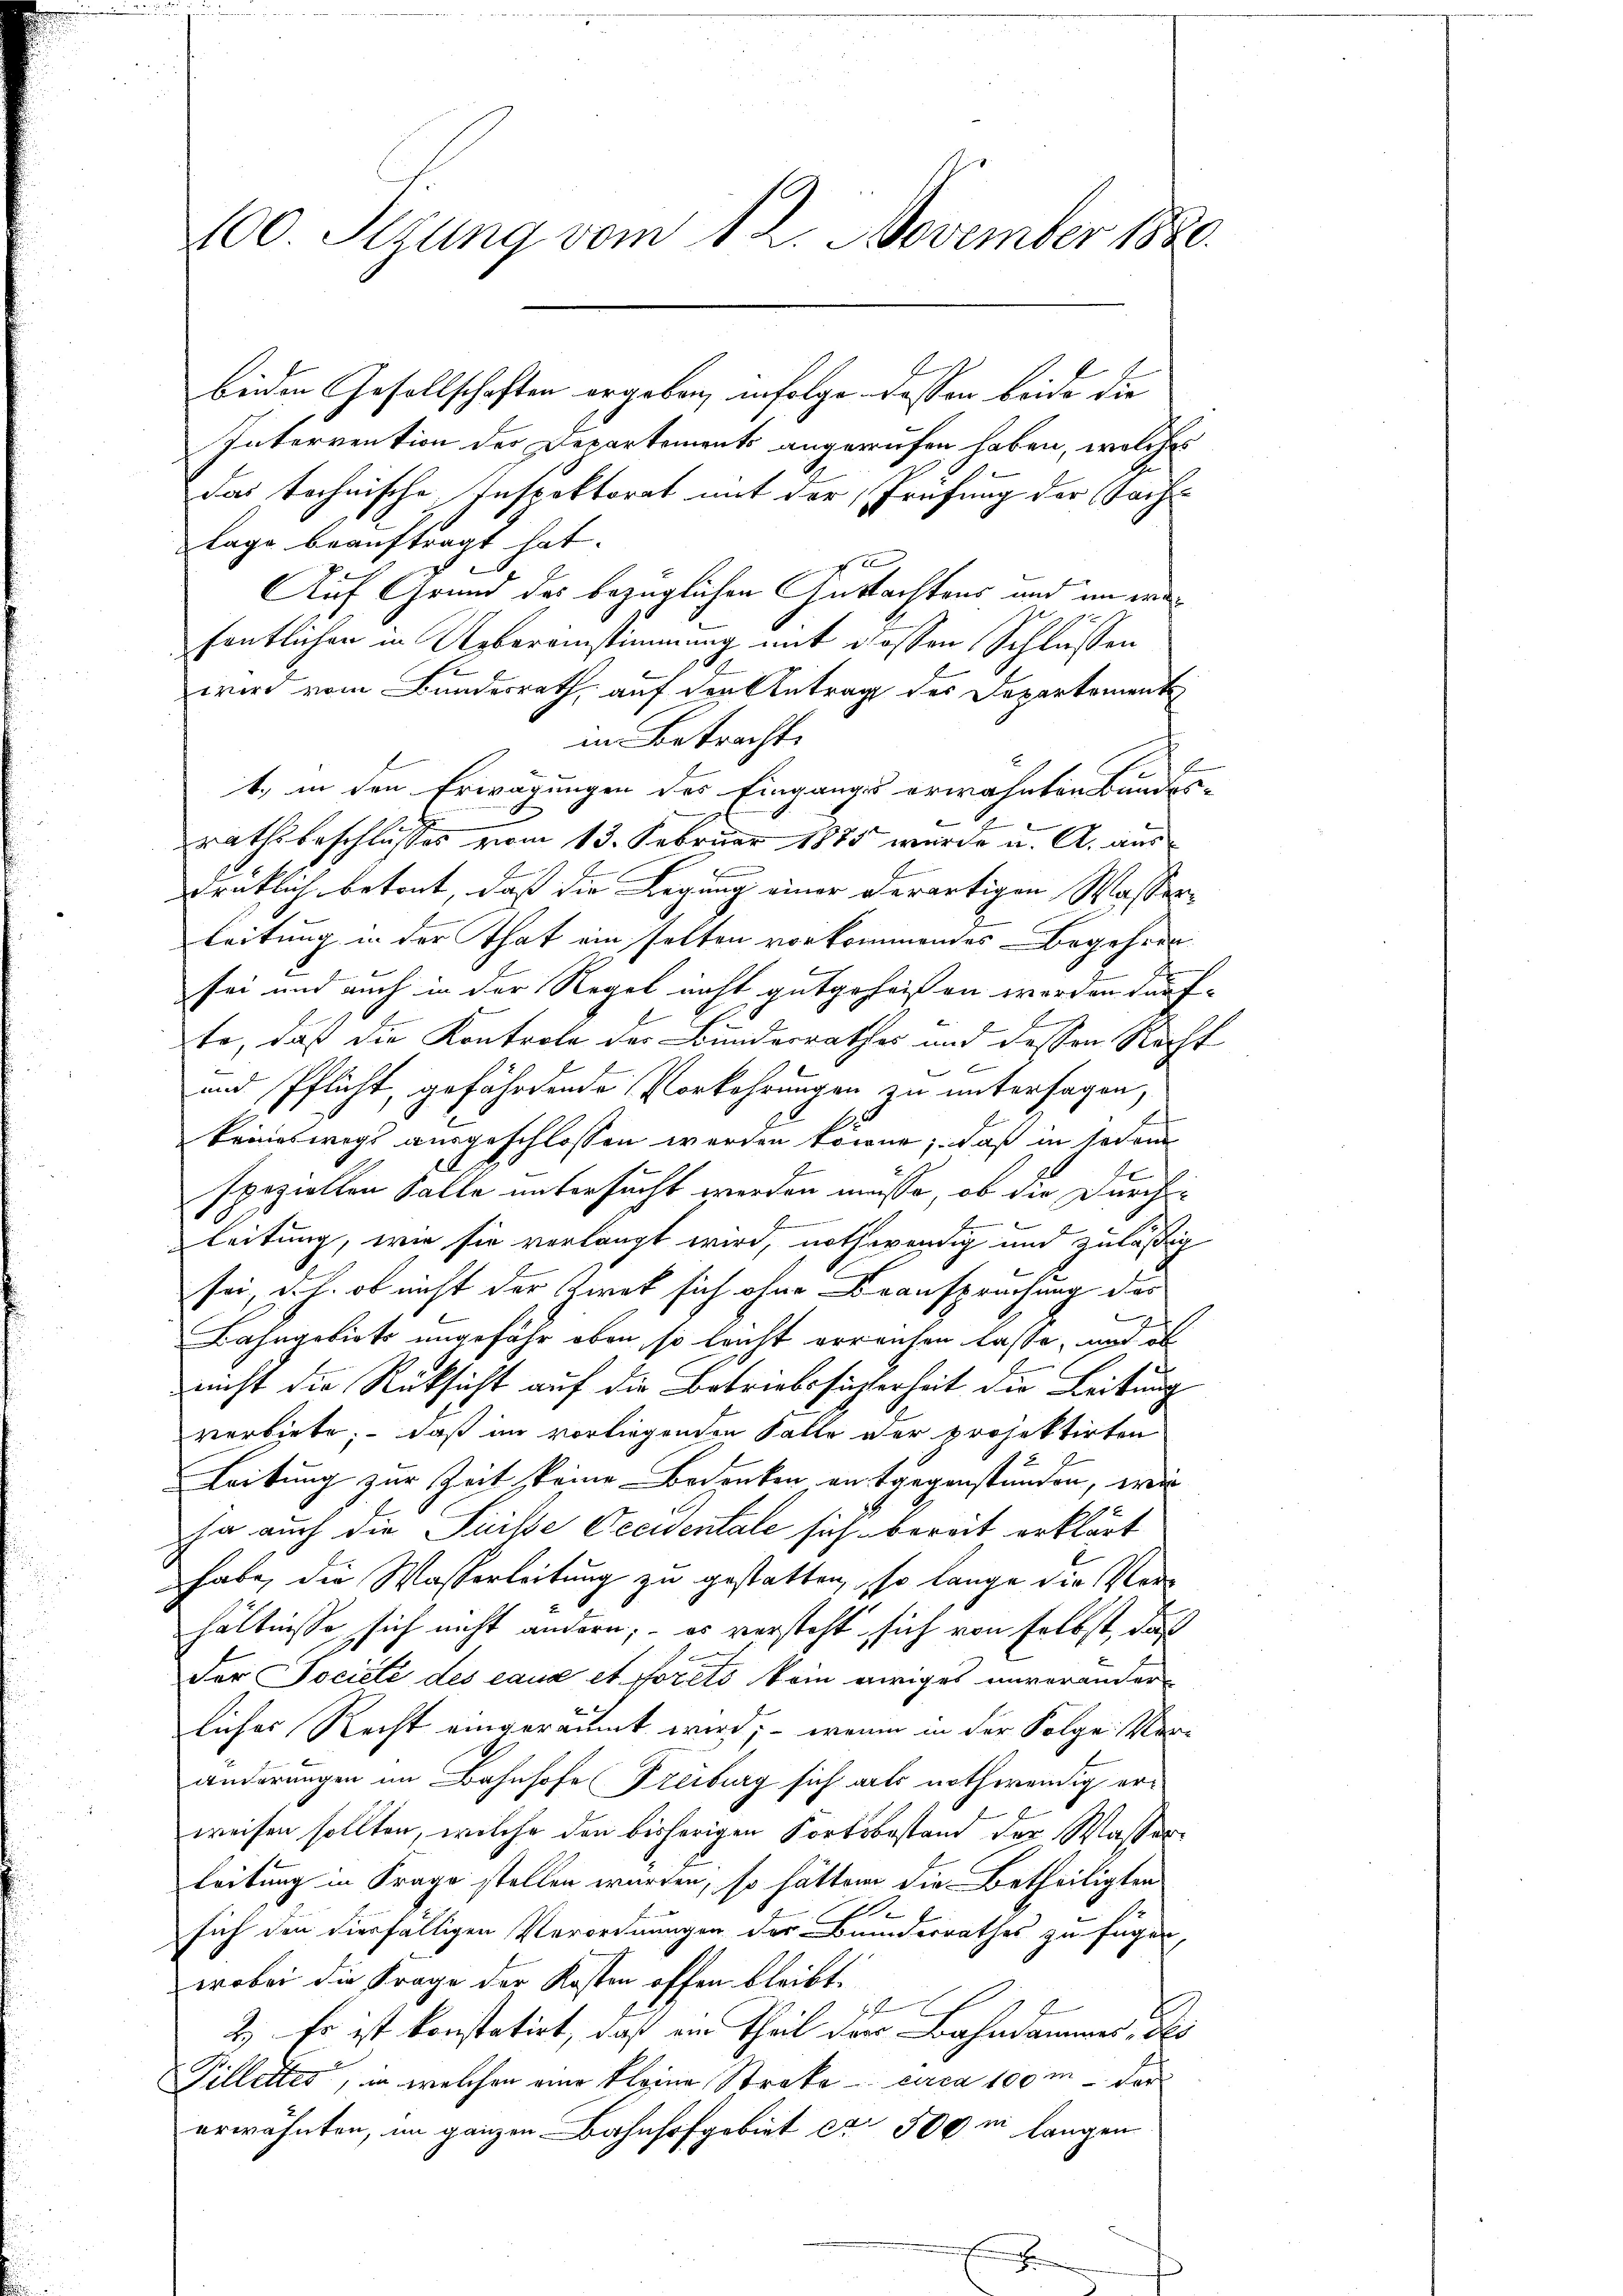
100. Sezung vom 12. November 1880.

beiden Gesellschaften ergeben, infolge dessen beide die
Intervention der Departements angerufen haben, welches
Das technische Inspektorat mit der Prüfung der Sach-
lage beauftragt hat. |

Auf Grund des bezüglichen Guttachtens und im wefentlichen in Uebereinstimmung mit dessen Schlüssen
wird vom Bundesrath, auf den Antrag des Departement
in Betracht.
t, in den Erwägungen des Einganges erwähnten Bundes-
e
rathsbeschlusses vom 13. Februar 1885 wurde u. A. aus
drüklich betont, daß die Legung einer derartigen Wasser¬
Leitung in der That ein selten vorkommendes Begehren
sei und auch in der Regel nicht gutgeheißen werden dürfte, daß die Kontrole der Bundesrathes und dessen Nacht
und Pflicht, gefährdende Vorkehrungen zu untersagen,
keineswegs ausgeschlossen werden könne; daß in sodan
0
speziellen Falle untersucht werden müsse, ob die Durchleitung, wie sie verlangt wird, nothwendig und zuläßig
sei, das. ob nicht der Kiret sich ohne Beanspruchung dies
Bahngebiete ungefähr oben, so leicht erreichen lasse, und ob
nicht die Rücksicht auf die Betriebssicherheit die Leitung
verbiete; – daß im vorliegenden Falle der projektirten
Leitung zur Zeit keine Bedenken an gegenstunden, wie
ha auch die Sicile Occidentale sich bereit erklärt
habe, die Wasserleitung zu gestatten, so lange die Vorhältnisse sich nicht andern; – es versteht, sich von selbst, daß
Fer Société des eaux et forets kein ewiges unveränder
liches Recht eingeräumt wird; – wenn in der Folge Veränderungen im Bahnhofe Freiburg sich als nothwendig erweisen sollten, welche den bisherigen Fortsbestand der Wasser-
leitung in Frage stellen wurden, so hätten die Betheiligten
.
sich den diesfälligen Verordnungen des Bunderrathes zu fügen,
wobei die Frage der Kosten offen bleibt.
F. J.
2.) Es ist konstatirt, daß ein Theil der Bahndammes, des
Pilletter, in welchen eine kleine Streke - circa 100 m der
erwähnten, im ganzen Bahnhofgebiet ca 500 m langen

E